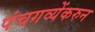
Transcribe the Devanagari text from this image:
पंचगव्येंकरुन